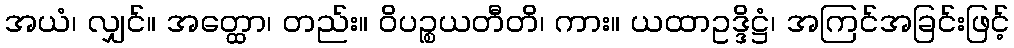
အယံ၊ လျှင်။ အတ္ထော၊ တည်း။ ဝိပဉ္စယတီတိ၊ ကား။ ယထာဥဒ္ဒိဋ္ဌံ၊ အကြင်အခြင်းဖြင့်